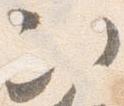
次